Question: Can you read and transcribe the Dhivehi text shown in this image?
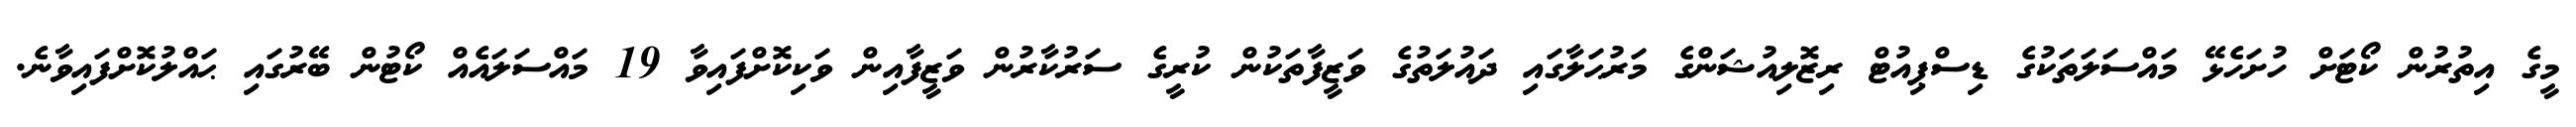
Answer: މީގެ އިތުރުން ކޯޓަށް ހުށަހެޅޭ މައްސަލަތަކުގެ ޑިސްޕިއުޓް ރިޒޮލިއުޝަންގެ މަރުޙަލާގައި ދައުލަތުގެ ވަޒީފާތަކުން ކުރީގެ ސަރުކާރުން ވަޒީފާއިން ވަކިކޮށްފައިވާ 19 މައްސަލައެއް ކޯޓުން ބޭރުގައި ޙައްލުކޮށްފައިވާނެ.